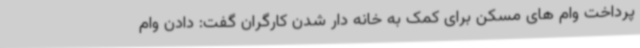
پرداخت وام های مسکن برای کمک به خانه دار شدن کارگران گفت: دادن وام